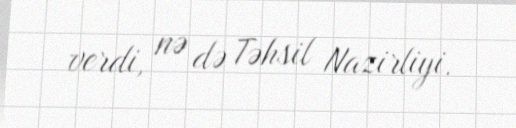
verdi, nə də Təhsil Nazirliyi.